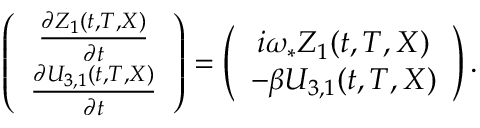
\begin{array} { r } { \left( \begin{array} { c } { \frac { \partial Z _ { 1 } ( t , T , X ) } { \partial t } } \\ { \frac { \partial U _ { 3 , 1 } ( t , T , X ) } { \partial t } } \end{array} \right) = \left( \begin{array} { c } { i \omega _ { * } Z _ { 1 } ( t , T , X ) } \\ { - \beta U _ { 3 , 1 } ( t , T , X ) } \end{array} \right) . } \end{array}